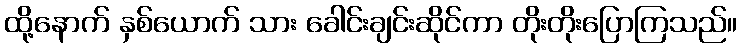
ထို့နောက် နှစ်ယောက် သား ခေါင်းချင်းဆိုင်ကာ တိုးတိုးပြောကြသည်။